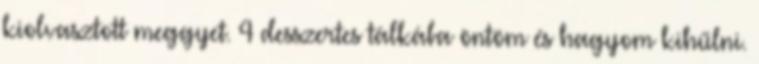
kiolvasztott meggyet. 4 desszertes tálkába öntöm és hagyom kihűlni.